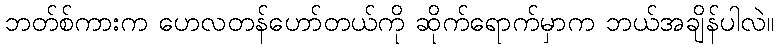
ဘတ်စ်ကားက ဟေလတန်ဟော်တယ်ကို ဆိုက်ရောက်မှာက ဘယ်အချိန်ပါလဲ။